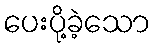
ပေးပို့ခဲ့သော